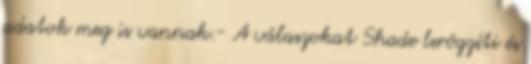
adatok meg is vannak.- A válaszokat Shade lerögzíti és